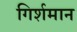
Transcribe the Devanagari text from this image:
गिर्शमान